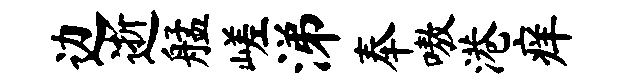
边逝艋嵯涕奉嗷港痒